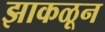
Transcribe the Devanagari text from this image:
झाकळून